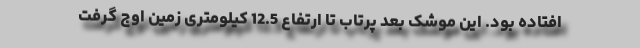
افتاده بود. این موشک بعد پرتاب تا ارتفاع 12.5 کیلومتری زمین اوج گرفت